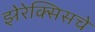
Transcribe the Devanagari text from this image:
झेरेक्सिसचे